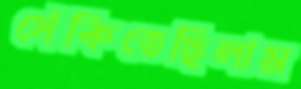
সেঁকিতেছিলাম